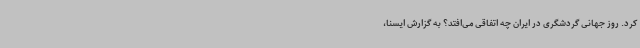
کرد. روز جهانی گردشگری در ایران چه اتفاقی می‌افتد؟ به گزارش ایسنا،